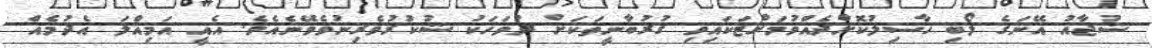
ޝުޖާއު އޭނަގެ ލޯބި ހާސިލުކޮށްދެއްވުމަށްޓަކައިވި ޤުރުބާނީތަކަށް ދުވަހަކު ޝުކުރުވެރިނުވެވޭނެއެވެ. އެއީ އަމިއްލަ އެދުމެއް